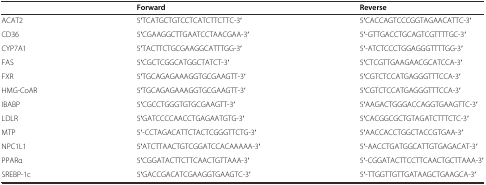
<table><thead><tr><td></td><td><b>Forward</b></td><td><b>Reverse</b></td></tr></thead><tbody><tr><td>ACAT2</td><td>5′TCATGCTGTCCTCATCTTCTTC-3′</td><td>5′CACCAGTCCCGGTAGAACATTC-3′</td></tr><tr><td>CD36</td><td>5′CGAAGGCTTGAATCCTAACGAA-3′</td><td>5′-GTTGACCTGCAGTCGTTTTGC-3′</td></tr><tr><td>CYP7A1</td><td>5′TACTTCTGCGAAGGCATTTGG-3′</td><td>5′-ATCTCCCTGGAGGGTTTTGG-3′</td></tr><tr><td>FAS</td><td>5′CGCTCGGCATGGCTATCT-3′</td><td>5′CTCGTTGAAGAACGCATCCA-3′</td></tr><tr><td>FXR</td><td>5′TGCAGAGAAAGGTGCGAAGTT-3′</td><td>5′CGTCTCCATGAGGGTTTCCA-3′</td></tr><tr><td>HMG-CoAR</td><td>5′TGCAGAGAAAGGTGCGAAGTT-3′</td><td>5′CGTCTCCATGAGGGTTTCCA-3′</td></tr><tr><td>IBABP</td><td>5′CGCCTGGGTGTGCGAAGTT-3′</td><td>5′AAGACTGGGACCAGGTGAAGTTC-3′</td></tr><tr><td>LDLR</td><td>5′GATCCCCAACCTGAGAATGTG-3′</td><td>5′CACGGCGCTGTAGATCTTTCTC-3′</td></tr><tr><td>MTP</td><td>5′-CCTAGACATTCTACTCGGGTTCTG-3′</td><td>5′AACCACCTGGCTACCGTGAA-3′</td></tr><tr><td>NPC1L1</td><td>5′ATCTTAACTGTCGGATCCACAAAAA-3′</td><td>5′-AACCTGATGGCATTGTGAGACAT-3′</td></tr><tr><td>PPARα</td><td>5′CGGATACTTCTTCAACTGTTAAA-3′</td><td>5′-CGGATACTTCCTTCAACTGCTTAAA-3′</td></tr><tr><td>SREBP-1c</td><td>5′GACCGACATCGAAGGTGAAGTC-3′</td><td>5′-TTGGTTGTTGATAAGCTGAAGCA-3′</td></tr></tbody></table>